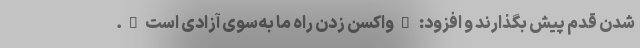
شدن قدم پیش بگذارند و افزود: "واکسن زدن راه ما به‌‌سوی آزادی است".